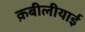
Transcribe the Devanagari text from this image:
क़बीलीयाई